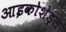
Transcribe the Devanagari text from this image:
आइकोशेड्रल